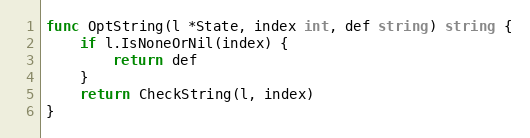
Language: Go
func OptString(l *State, index int, def string) string {
	if l.IsNoneOrNil(index) {
		return def
	}
	return CheckString(l, index)
}